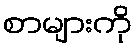
စာများကို